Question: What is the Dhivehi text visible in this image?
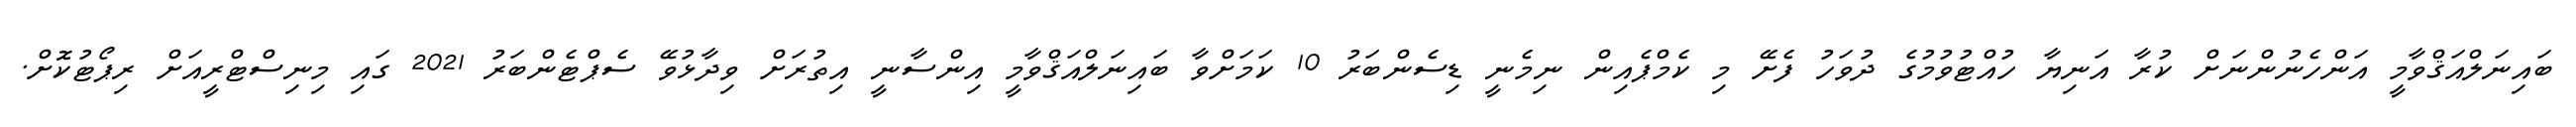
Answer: ބައިނަލްއަޤްވާމީ އަންހެނުންނަށް ކުރާ އަނިޔާ ހުއްޓުވުމުގެ ދުވަހު ފެށޭ މި ކެމްޕެއިން ނިމެނީ ޑިސެންބަރު 10 ކަމަށްވާ ބައިނަލްއަޤްވާމީ އިންސާނީ އިތުރަށް ވިދާޅުވޭ ސެޕްޓެންބަރު 2021 ގައި މިނިސްޓްރީއަށް ރިޕޯޓުކޮށް.